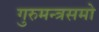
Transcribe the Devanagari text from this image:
गुरुमन्त्रसमो